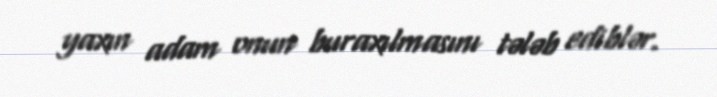
yaxın adam onun buraxılmasını tələb ediblər.